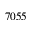
7 0 5 5